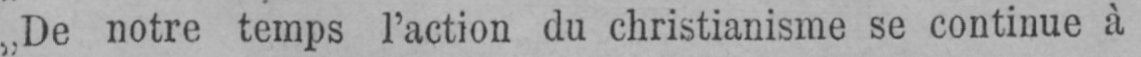
„De notre temps l’action du christianisme se continue à